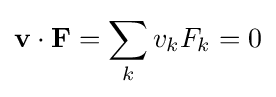
\mathbf {v} \cdot \mathbf {F} =\sum _{k}v_{k}F_{k}=0